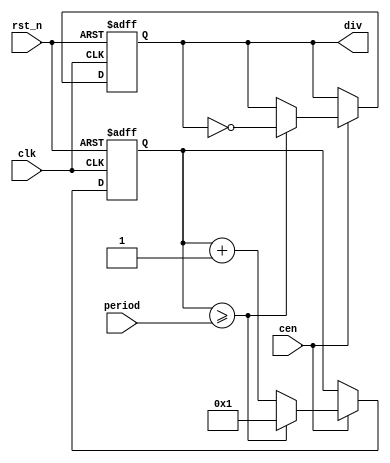
/*  This file is part of JT49.

    JT49 is free software: you can redistribute it and/or modify
    it under the terms of the GNU General Public License as published by
    the Free Software Foundation, either version 3 of the License, or
    (at your option) any later version.

    JT49 is distributed in the hope that it will be useful,
    but WITHOUT ANY WARRANTY; without even the implied warranty of
    MERCHANTABILITY or FITNESS FOR A PARTICULAR PURPOSE.  See the
    GNU General Public License for more details.

    You should have received a copy of the GNU General Public License
    along with JT49.  If not, see <http://www.gnu.org/licenses/>.
    
    Author: Jose Tejada Gomez. Twitter: @topapate
    Version: 1.0
    Date: 10-Nov-2018
    
    Based on sqmusic, by the same author
    
    */


module jt49_div #(parameter W=12 )(   
    (* direct_enable *) input cen,
    input           clk, // this is the divided down clock from the core
    input           rst_n,
    input [W-1:0]  period,
    output reg      div
);

reg [W-1:0]count;

wire [W-1:0] one = { {W-1{1'b0}}, 1'b1};

always @(posedge clk, negedge rst_n ) begin
  if( !rst_n) begin
    count <= one;
    div   <= 1'b0;
  end
  else if(cen) begin
    if( count>=period ) begin
        count <= one;
        div   <= ~div;
    end
    else
        /*if( period!={W{1'b0}} )*/ count <=  count + one ;
  end
end

endmodule